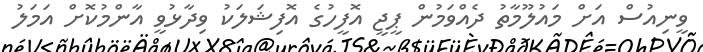
ވީނިއުސް އަށް މައުލޫމާތު ދެއްވަމުން ޕީޖީ އޮފީހުގެ އޮފިޝަލަކު ވިދާޅުވީ އާންމުކޮށް އަމަލު